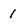
Character: 1